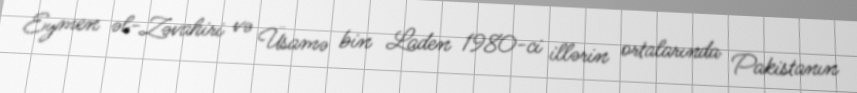
Eymen əl-Zəvahiri və Üsamə bin Laden 1980-ci illərin ortalarında Pakistanın